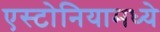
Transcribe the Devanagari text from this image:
एस्टोनियामध्ये